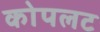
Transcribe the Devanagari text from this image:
कोपलट